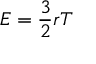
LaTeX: E = { \frac { 3 } { 2 } } r T